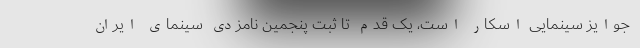
جوایز سینمایی اسکار است، یک قدم تا ثبت پنجمین نامزدی سینمای ایران